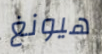
هيونغ